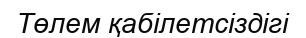
Төлем қабілетсіздігі